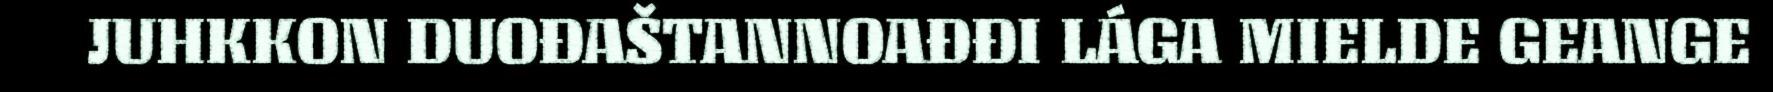
JUHKKON DUOĐAŠTANNOAĐĐI LÁGA MIELDE GEANGE